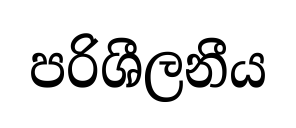
පරිශීලනීය